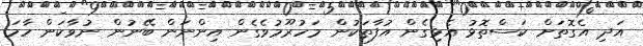
އަދި އެގޮތަށް ކަސްތޮޅު އެޅިގެން އުފާތަކުން މަހުރޫމުވެގެން އިންނަން ބޭނުން ނުވާކަން ހާމަ